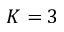
K = 3